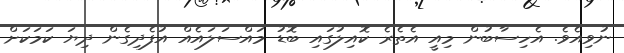
ނުވިއެވެ. އެހިސާބުން މިއީ އެތެރެ ކޮއިލުގައި ބޮޑު މައްސަލައެއް އުފެދިގެން ދިޔަ ކަމަކަށް